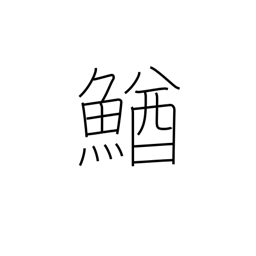
Meaning: loach (fish)